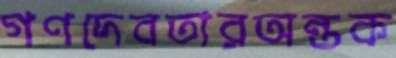
গণদেবতারঅন্তক